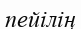
пейілің